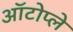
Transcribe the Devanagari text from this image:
ऑटोप्ले